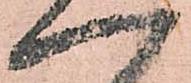
一